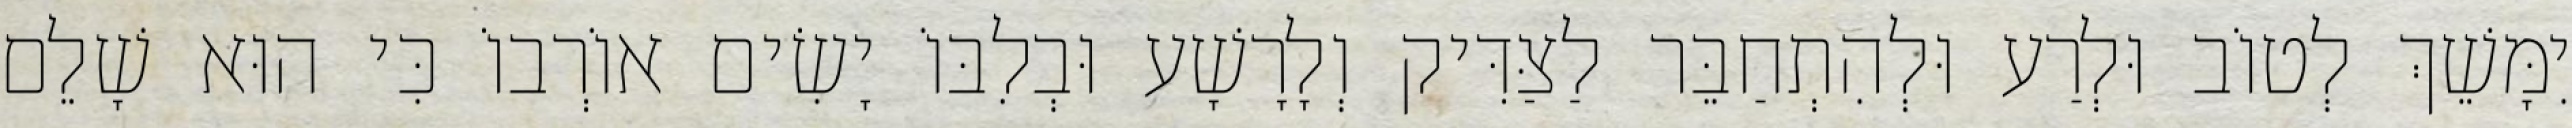
יִמָּשֵׁךְ לְטוֹב וּלְרַע וּלְהִתְחַבֵּר לַצַּדִּיק וְלָרָשָׁע וּבְלִבּוֹ יָשִׂים אוֹרְבוֹ כִּי הוּא שָׁלֵם